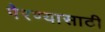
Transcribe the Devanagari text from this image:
पेरण्यासाठी